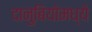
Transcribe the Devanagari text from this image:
दानुबियोमध्ये